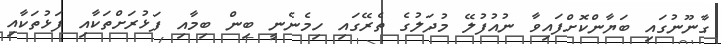
ގާނޫނުގައި ބަޔާންކޮށްފައިވާ ނުއުފުލޭ މުދަލުގެ ތެރޭގައި ހިމެނެނީ ބިން ބިމާއި ފަޅުރަށްތަކާއި ފަޅުތަކާއި